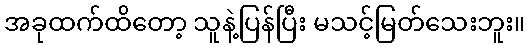
အခုထက်ထိတော့ သူနဲ့ပြန်ပြီး မသင့်မြတ်သေးဘူး။